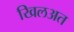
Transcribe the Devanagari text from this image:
खिलअत